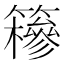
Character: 𥶠